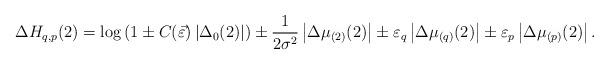
LaTeX: \begin{align*}\Delta H_{q,p}(2)=\log \left(1 \pm C(\vec{\varepsilon})\left|\Delta_{0}(2)\right|\right) \pm \frac{1}{2 \sigma^{2}} \left|\Delta \mu_{(2)}(2) \right| \pm \varepsilon_{q} \left|\Delta \mu_{(q)}(2) \right| \pm \varepsilon_{p} \left|\Delta \mu_{(p)}(2) \right|. \end{align*}